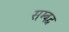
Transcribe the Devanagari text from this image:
सम्‍बद्व